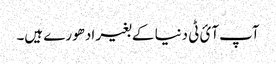
آپ آئ ٹی دنیا کے بغیر ادھورے ہیں۔